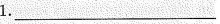
1.___